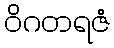
ဝိဂတရဇံ